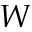
{ \cal W }